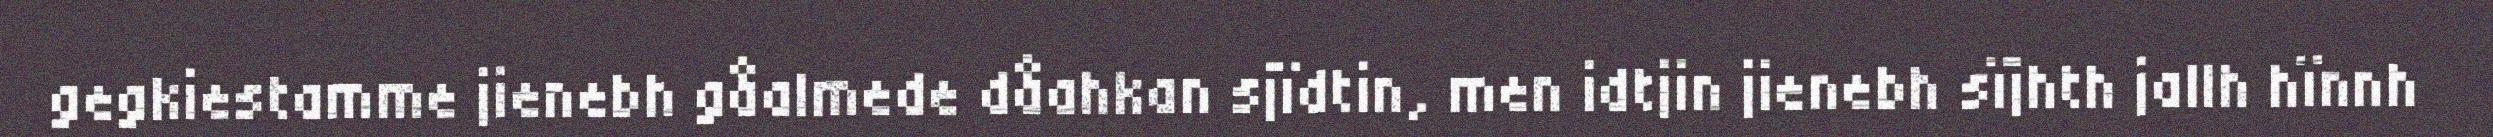
gegkiestamme jienebh gåalmede dåahkan sjïdtin, men idtjin jienebh sïjhth jallh hïnnh